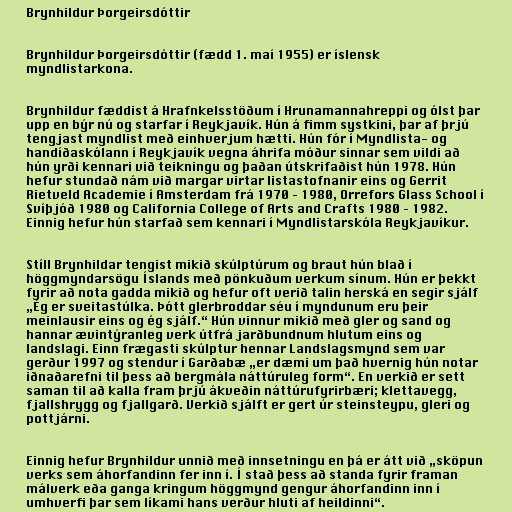
Brynhildur Þorgeirsdóttir

Brynhildur Þorgeirsdóttir (fædd 1. maí 1955) er íslensk
myndlistarkona.

Brynhildur fæddist á Hrafnkelsstöðum í Hrunamannahreppi og ólst þar
upp en býr nú og starfar í Reykjavík. Hún á fimm systkini, þar af þrjú
tengjast myndlist með einhverjum hætti. Hún fór í Myndlista- og
handíðaskólann í Reykjavík vegna áhrifa móður sinnar sem vildi að
hún yrði kennari við teikningu og þaðan útskrifaðist hún 1978. Hún
hefur stundað nám við margar virtar listastofnanir eins og Gerrit
Rietveld Academie í Amsterdam frá 1970 – 1980, Orrefors Glass School í
Svíþjóð 1980 og California College of Arts and Crafts 1980 – 1982.
Einnig hefur hún starfað sem kennari í Myndlistarskóla Reykjavíkur.

Stíll Brynhildar tengist mikið skúlptúrum og braut hún blað í
höggmyndarsögu Íslands með pönkuðum verkum sínum. Hún er þekkt
fyrir að nota gadda mikið og hefur oft verið talin herská en segir sjálf
„Ég er sveitastúlka. Þótt glerbroddar séu í myndunum eru þeir
meinlausir eins og ég sjálf.“ Hún vinnur mikið með gler og sand og
hannar ævintýranleg verk útfrá jarðbundnum hlutum eins og
landslagi. Einn frægasti skúlptur hennar Landslagsmynd sem var
gerður 1997 og stendur í Garðabæ „er dæmi um það hvernig hún notar
iðnaðarefni til þess að bergmála náttúruleg form“. En verkið er sett
saman til að kalla fram þrjú ákveðin náttúrufyrirbæri; klettavegg,
fjallshrygg og fjallgarð. Verkið sjálft er gert úr steinsteypu, gleri og
pottjárni.

Einnig hefur Brynhildur unnið með innsetningu en þá er átt við „sköpun
verks sem áhorfandinn fer inn í. Í stað þess að standa fyrir framan
málverk eða ganga kringum höggmynd gengur áhorfandinn inn í
umhverfi þar sem líkami hans verður hluti af heildinni“.